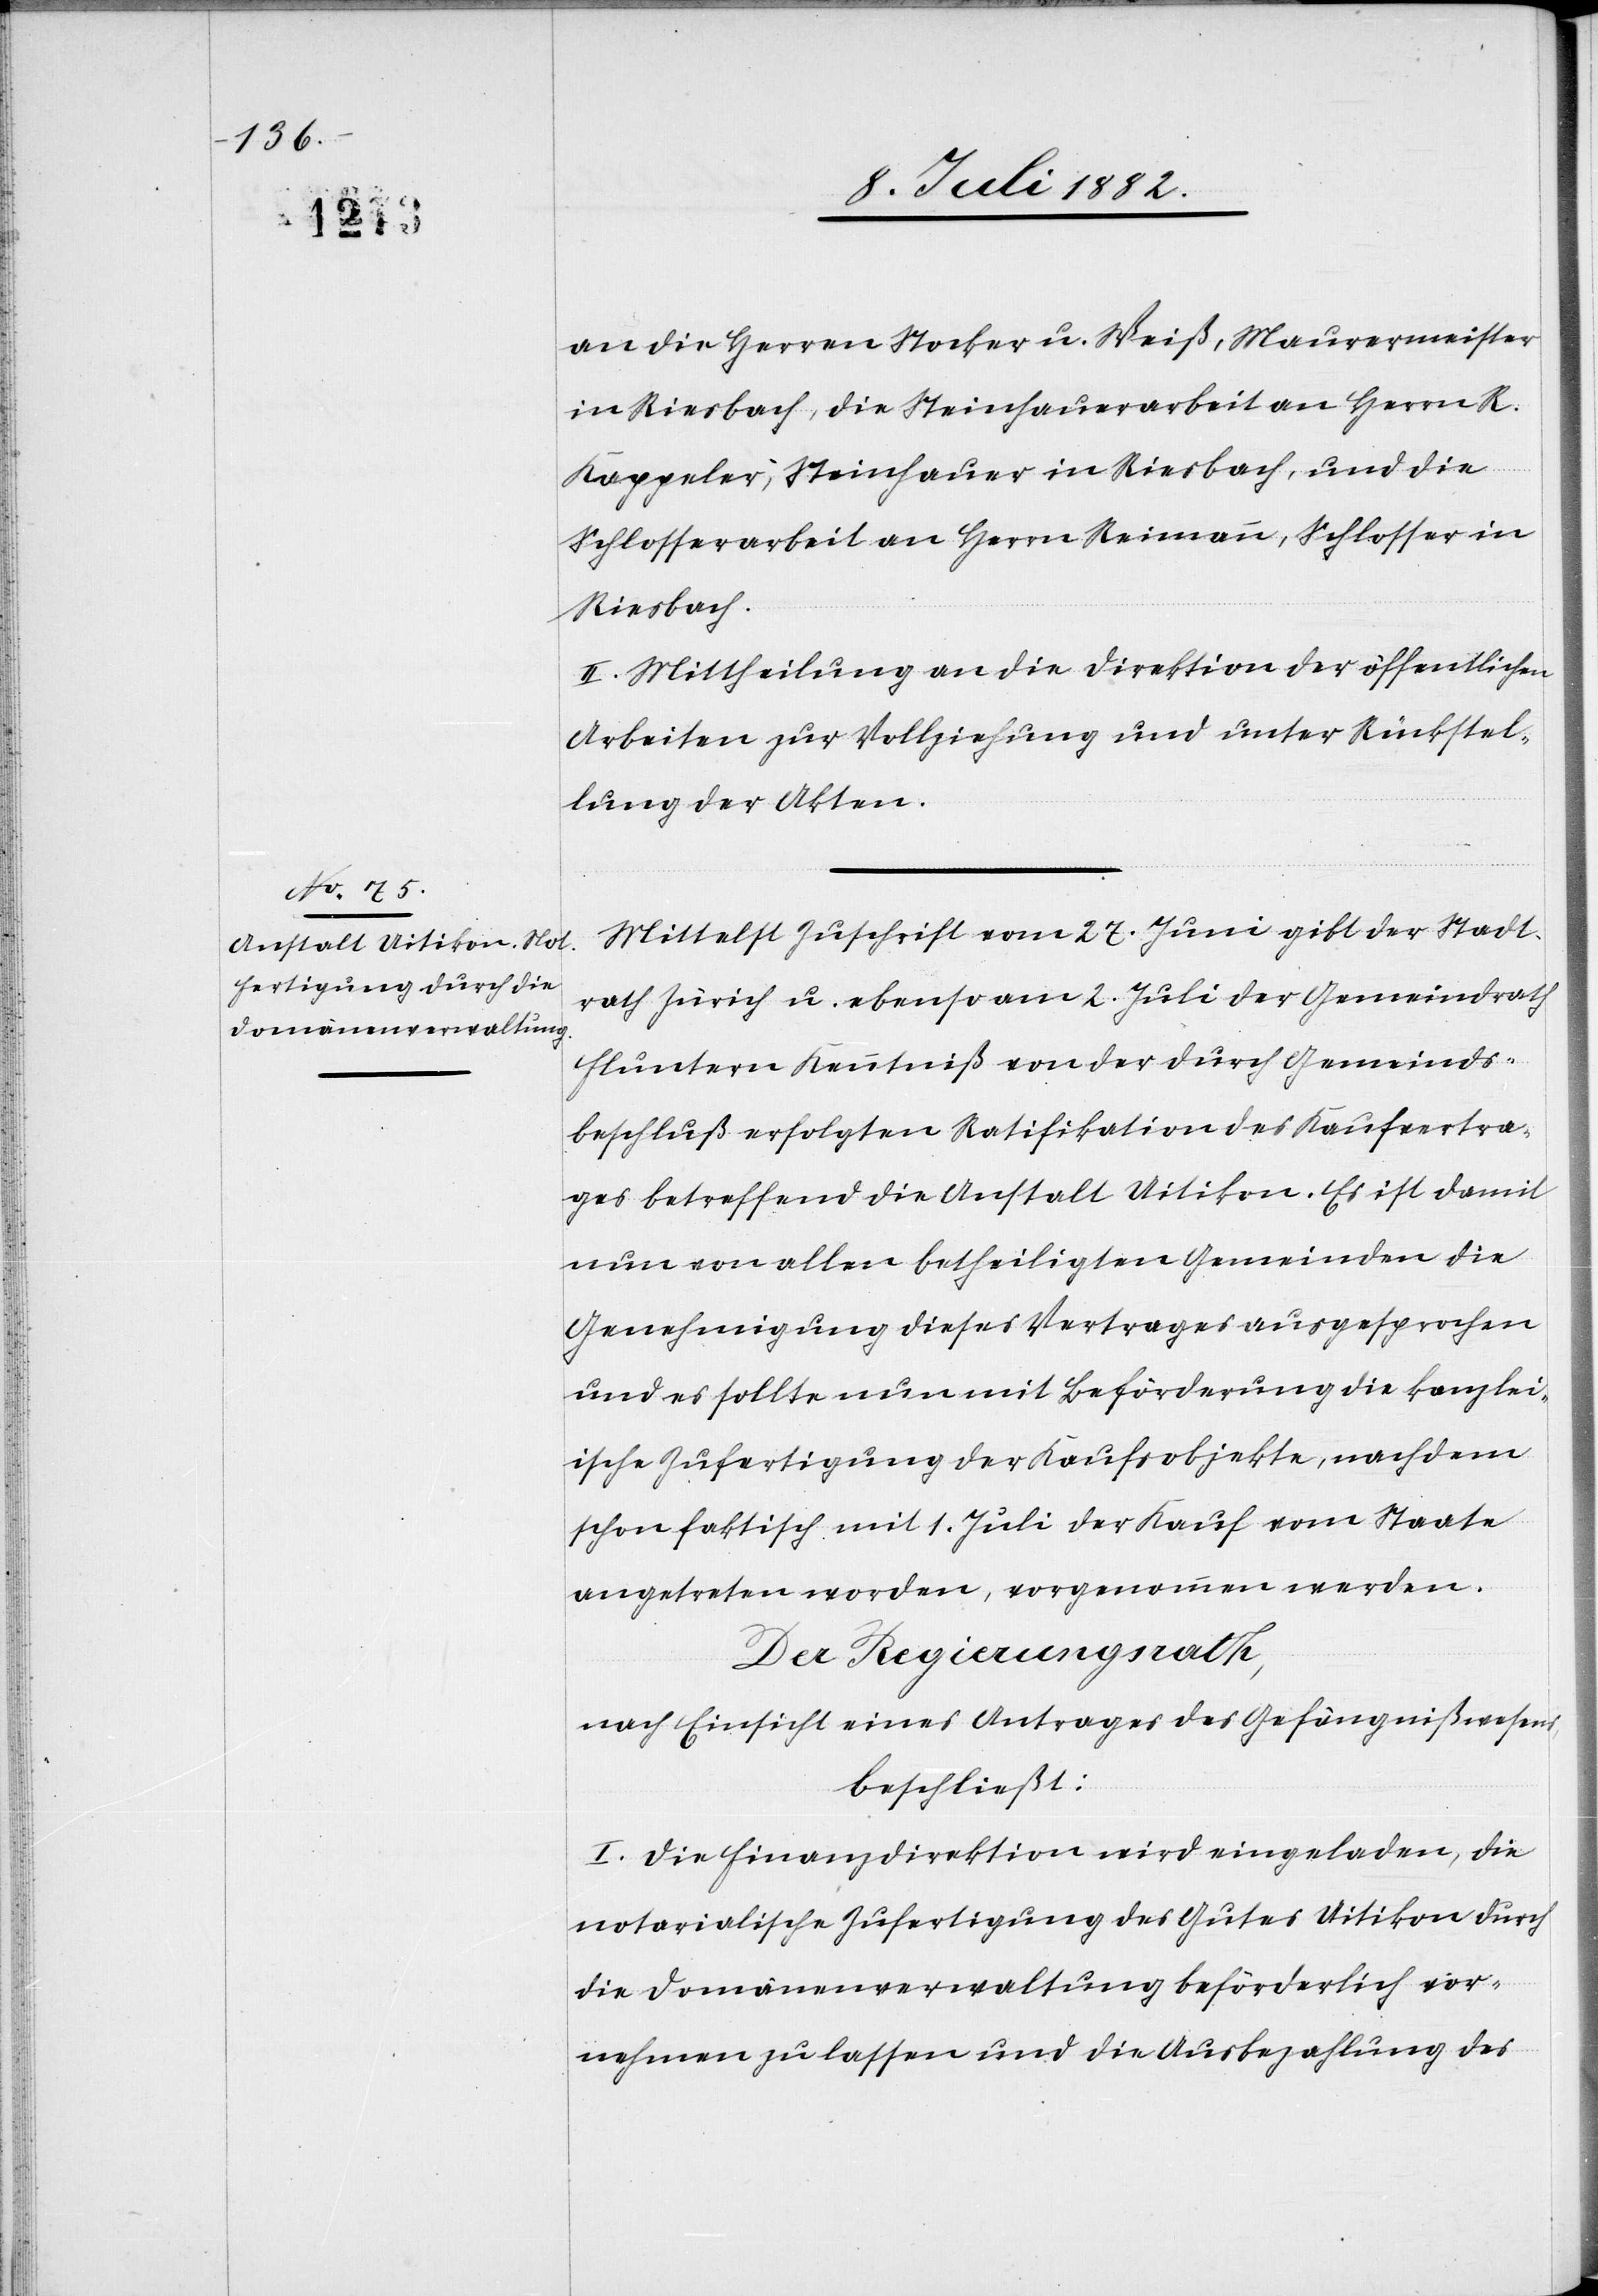
an die Herren Stocker u. Weiß, Maurermeister
in Riesbach, die Steinhauerarbeit an Herrn R.
Kappeler, Steinhauer in Riesbach, und die
Schlosserarbeit an Herrn Reimann, Schlosser in
Riesbach.
II. Mittheilung an die Direktion der öffentlichen
Arbeiten zur Vollziehung und unter Rückstel¬
lung der Akten.
Mittelst Zuschrift vom 27. Juni gibt der Stadt¬
rath Zürich u. ebenso am 2. Juli der Gemeindrath
Fluntern Kenntniß von der durch Gemeinds¬
beschluß erfolgten Ratifikation des Kaufvertra¬
ges betreffend die Anstalt Uitikon. Es ist damit
nun von allen betheiligten Gemeinden die
Genehmigung dieses Vertrages ausgesprochen
und es sollte nun mit Beförderung die kanzlei¬
ische Zufertigung der Kaufsobjekte, nachdem
schon faktisch mit 1. Juli der Kauf vom Staate
angetreten worden, vorgenommen werden.
Der Regierungsrath,
nach Einsicht eines Antrages des Gefängnißwesens,
beschließt:
I. Die Finanzdirektion wird eingeladen, die
notarialische Zufertigung des Gutes Uitikon durch
die Domänenverwaltung beförderlich vor¬
nehmen zu lassen und die Ausbezahlung des